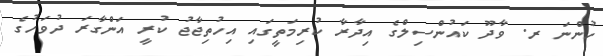
ހުންނަ ރ. ވާދޫ ކައުންސިލްގެ އިދާރާ ކުރިމަތީގައި އިހުތިޖާޖު ކުރީ އަންގާރަ ދުވަހުގެ